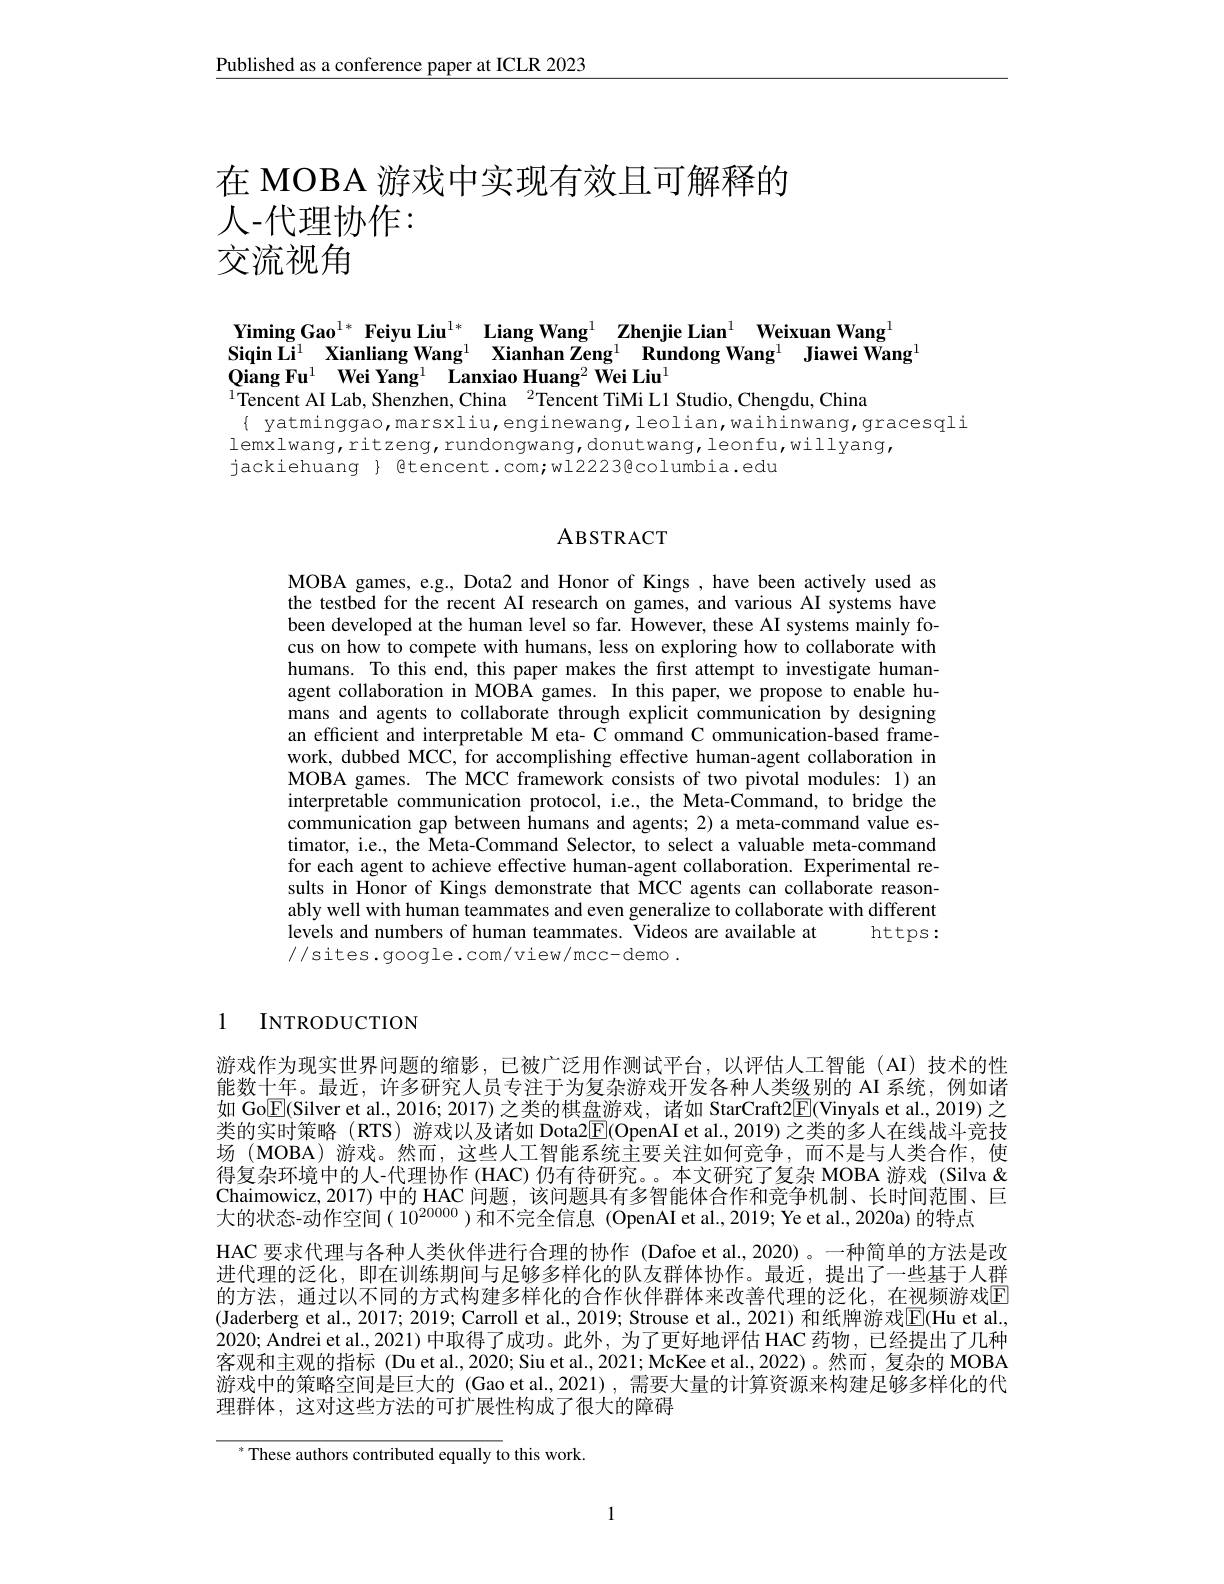
$\underline{\text{Published as a conference paper at ICLR 2023}}$

# 在 MOBA 游戏中实现有效且可解释的人-代理协作： 交流视角

# Yiming Gao$^{1*}$ Feiyu Liu$^{1*}$ Liang Wang$^1$ Zhenjie Lian$^1$ Weixuan Wang$^{1}$ Siqin Li$^1$ Xianliang Wang$^1$ Xianhan Zeng$^1\textbf{Rundong Wang}^1$ Jiawei Wang$^1$ $QiangFu^{1}$ $\bar{\textbf{Wei Yang}^{1}}$ $\bar {\textbf{Lanxiao Huang}^{2}\textbf{Wei Liu}^{1}}$ $^{1}$Tencent AI Lab, Shenzhen, China$^2$Tencent TiMi L1 Studio, Chengdu, China

$\{$ yatminggao,marsxliu,enginewang,leolian,waihinwang,gracesqli
lemxlwang,ritzeng,rundongwang,donutwang,leonfu,willyang,
jackiehuang $\}$ Btencent.com;wl2223@columbia.edu

## ABSTRACT

MOBA games, e.g., Dota2 and Honor of Kings, have been actively used as the testbed for the recent AI research on games, and various AI systems have been developed at the human level so far. However, these AI systems mainly focus on how to compete with humans, less on exploring how to collaborate with humans. To this end, this paper makes the first attempt to investigate humanagent collaboration in MOBA games. In this paper, we propose to enable humans and agents to collaborate through explicit communication by designing an efficient and interpretable M eta- C ommand C ommunication-based framework, dubbed MCC, for accomplishing effective human-agent collaboration in MOBA games. The MCC framework consists of two pivotal modules: 1) an interpretable communication protocol, i.e., the Meta-Command, to bridge the communication gap between humans and agents; 2) a meta-command value estimator, i.e., the Meta-Command Selector, to select a valuable meta-command for each agent to achieve effective human-agent collaboration. Experimental results in Honor of Kings demonstrate that MCC agents can collaborate reasonably well with human teammates and even generalize to collaborate with different levels and numbers of human teammates. Videos are available at
$https:$
//sites.google.com/view/mcc-demo.

1 INTRODUCTION

游戏作为现实世界问题的缩影，已被广泛用作测试平台，以评估人工智能(AI)技术的性能数十年。最近，许多研究人员专注于为复杂游戏开发各种人类级别的 AI 系统，例如诸如 Go$\boxed{\mathrm{E}}($Silver et al., 2016; 2017) 之类的棋盘游戏，诸如 StarCraft2$\boxed{\mathrm{F}}($Vinyals et al., 2019) 之类的实时策略 (RTS) 游戏以及诸如 Dota2$\overline{\mathbb{E}}($OpenAI et al., 2019) 之类的多人在线战斗竞技场(MOBA)游戏。然而，这些人工智能系统主要关注如何竞争，而不是与人类合作，使得复杂环境中的人-代理协作 (HAC) 仍有待研究。。本文研究了复杂 MOBA 游戏 (Silva & Chaimowicz,2017)中的 HAC 问题，该问题具有多智能体合作和竞争机制、长时间范围、巨大的状态-动作空间( 10$^{20000}$ )和不完全信息 (OpenAI et al., 2019; Ye et al., 2020a) 的特点
HAC 要求代理与各种人类伙伴进行合理的协作 (Dafoe et al.,2020)。一种简单的方法是改进代理的泛化，即在训练期间与足够多样化的队友群体协作。最近，提出了一些基于人群的方法，通过以不同的方式构建多样化的合作伙伴群体来改善代理的泛化，在视频游戏$\Gamma$ (Jaderberg et al., 2017; 2019; Carroll et al., 2019; Strouse et al., 2021) 和纸牌游戏$\underline{\mathrm{E}}($Hu et al., 2020; Andrei et al., 2021) 中取得了成功。此外，为了更好地评估 HAC 药物，已经提出了几种客观和主观的指标(Du et al.,2020; Siu et al.,2021; McKee et al.,2022)。然而，复杂的 MOBA 游戏中的策略空间是巨大的 (Gao et al.,2021),需要大量的计算资源来构建足够多样化的代理群体，这对这些方法的可扩展性构成了很大的障碍

$^*$These authors contributed equally to this work.

1